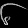
Digit: ၆